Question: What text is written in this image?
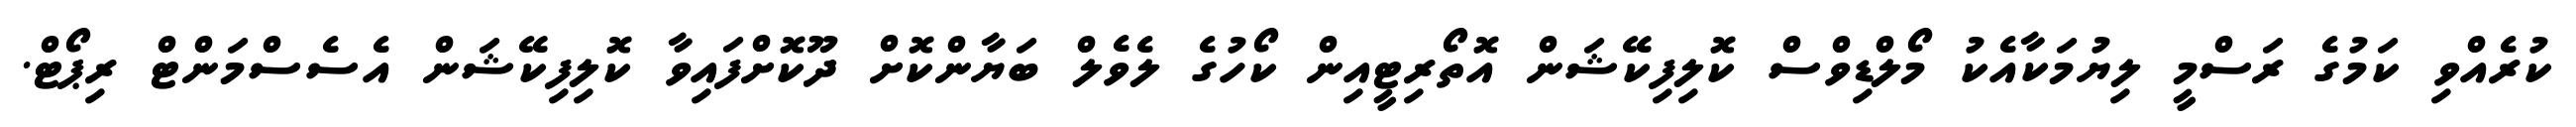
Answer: ކުރެއްވި ކަމުގެ ރަސްމީ ލިޔުމަކާއެކު މޯލްޑިވްސް ކޮލިފިކޭޝަން އޮތޯރިޓީއިން ކޯހުގެ ލެވެލް ބަޔާންކޮށް ދޫކޮށްފައިވާ ކޮލިފިކޭޝަން އެސެސްމަންޓް ރިޕޯޓް.